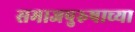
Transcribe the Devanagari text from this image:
समाजपुरुषाच्या